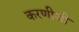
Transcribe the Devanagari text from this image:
करणीजी